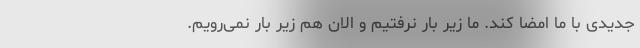
جدیدی با ما امضا کند. ما زیر بار نرفتیم و الان هم زیر بار نمی‌رویم.